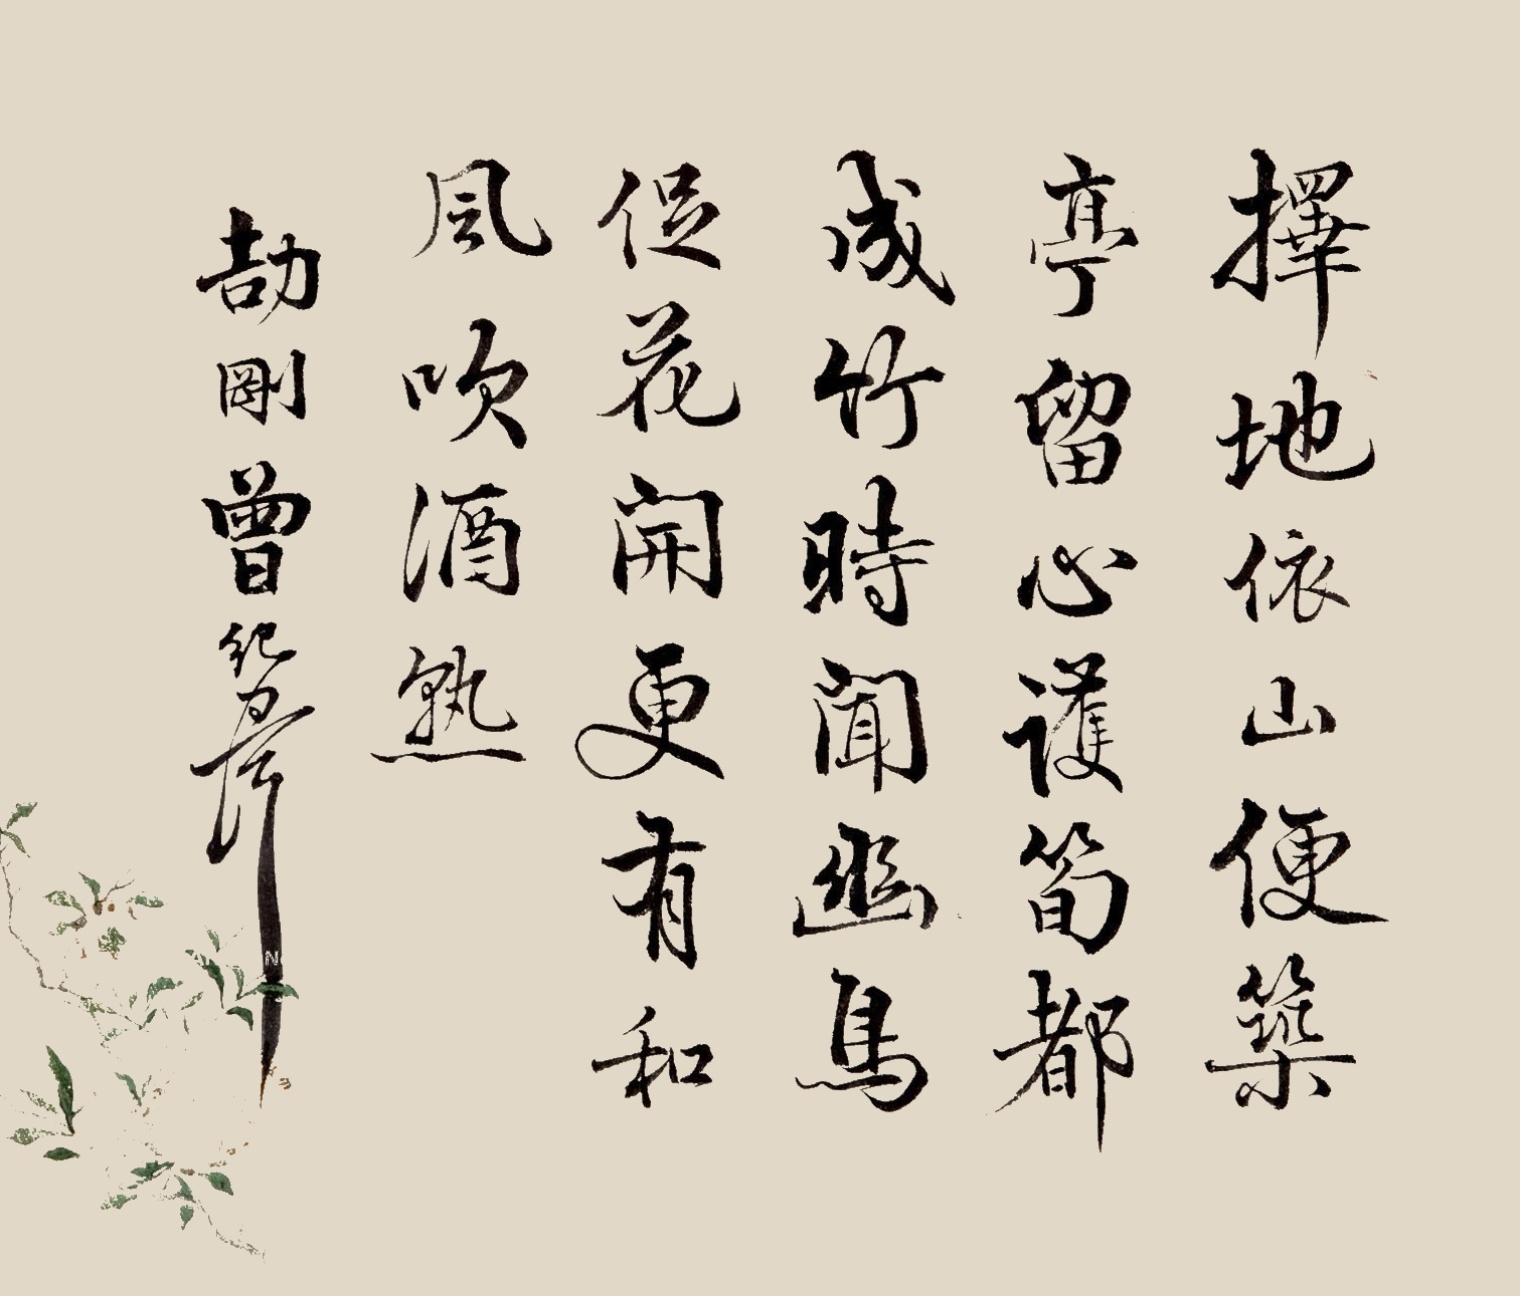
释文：择地依山便筑亭，留心护笋都成竹。时闻幽鸟促花开，更有和风吹酒熟。劼刚曾纪泽。